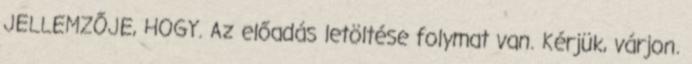
JELLEMZŐJE, HOGY. Az előadás letöltése folymat van. Kérjük, várjon.